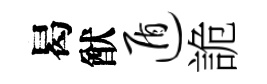
曷猷遁詭